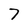
Character: 7